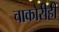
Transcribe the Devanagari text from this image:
चाकोरीही